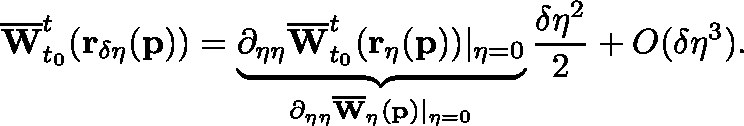
\overline { { \mathbf { W } } } _ { t _ { 0 } } ^ { t } ( \mathbf { r _ { \delta \eta } } ( \mathbf { p } ) ) = \underbrace { \partial _ { \eta \eta } \overline { { \mathbf { W } } } _ { t _ { 0 } } ^ { t } ( \mathbf { r _ { \eta } } ( \mathbf { p } ) ) \vert _ { \eta = 0 } } _ { \partial _ { \eta \eta } \overline { { \mathbf { W } } } _ { \eta } ( \mathbf { p } ) \vert _ { \eta = 0 } } \frac { \delta \eta ^ { 2 } } { 2 } + O ( \delta \eta ^ { 3 } ) .